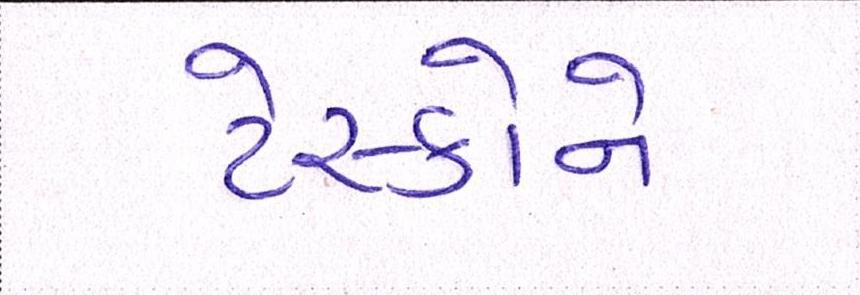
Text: ટેસ્કોને